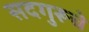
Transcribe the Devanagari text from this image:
सदगुरूचे